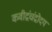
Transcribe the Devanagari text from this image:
कवीद्रंचंद्रोदय